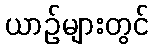
ယာဉ်များတွင်